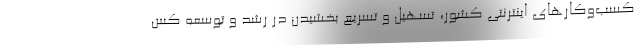
کسب‌وکارهای اینترنتی کشور، تسهیل و تسریع بخشیدن در رشد و توسعه کس